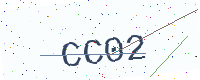
Text: CC02